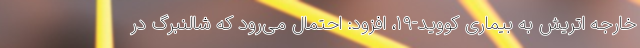
خارجه اتریش به بیماری کووید-۱۹، افزود: احتمال می‌رود که شالنبرگ در